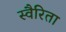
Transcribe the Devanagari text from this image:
स्वैरिता